Scientific memoirs by medical officers of the Army of India - Part II,
Year: 1886
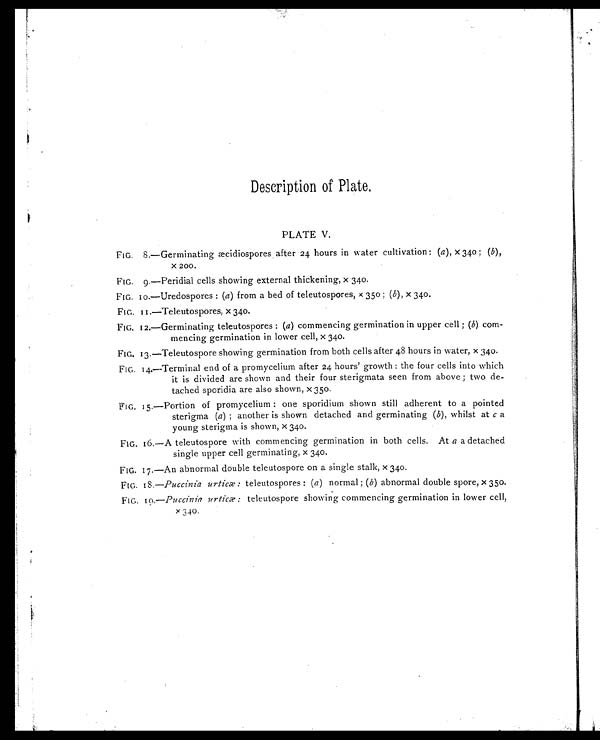
Description of Plate.
PLATE V.
FIG. 8.—Germinating æcidiospores after 24 hours in water cultivation: ( a ) x 340; ( b ) ,
x 200.
FIG. 9.—Peridial cells showing external thickening, x 340.
FIG. 10.—Uredospores: ( a ) from a bed of teleutospores, x 350; ( b ) , x 340.
FIG. 11.—Teleutospores, x 340.
FIG. 12.—Germinating teleutospores: ( a ) commencing germination in upper cell; ( b ) com-
mencing germination in lower cell, x 340.
FIG. 13.—Teleutospore showing germination from both cells after 48 hours in w ater, x 340.
FIG. 14.—Terminal end of a promycelium after 24 hours' growth : the four cells into which
it is divided are shown and their four sterigmata seen from above ; two de-
tached sporidia are also shown, x 350.
FIG. 15.—Portion of promycelium: one sporidium shown still adherent to a pointed
sterigma ( a ) ; another is shown detached and germinating ( b ) , whilst at c a
young sterigma is shown, x 340.
FIG. 16.—A teleutospore with commencing germination in both cells. At a a detached
single upper cell germinating, x 340.
FIG. 17.—An abnormal double teleutospore on a single stalk, x 340.
FIG. 18 .—Puccinia urticæ: teleutospores: ( a ) normal; ( b ) abnormal double spore, x 350.
FIG. 10.— Puccinia urticæ: teleutospore showing commencing germination in lower cell,
x 340.